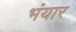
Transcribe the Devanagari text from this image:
भंयार